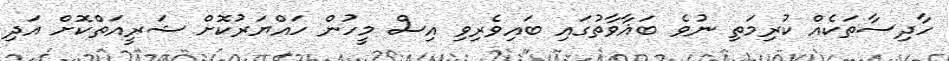
ހާދިސާތަކެއް ކުރިމަތި ނުވެ ބަޣާވާތުގައި ބައިވެރިވި އިސް މީހުން ހައްޔަރުކޮށް ޝަރީއަތްކޮށް އަދި